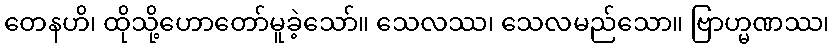
တေနဟိ၊ ထိုသို့ဟောတော်မူခဲ့သော်။ သေလဿ၊ သေလမည်သော။ ဗြာဟ္မဏဿ၊